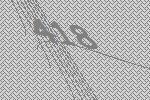
418